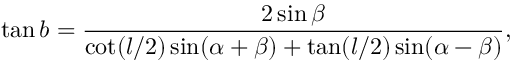
\tan b = { \frac { 2 \sin \beta } { \cot ( l / 2 ) \sin ( \alpha + \beta ) + \tan ( l / 2 ) \sin ( \alpha - \beta ) } } ,